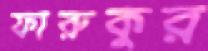
ফারুকুর